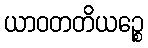
ယာဝတတိယဉ္စေ